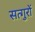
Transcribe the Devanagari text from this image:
सत्गुरों